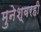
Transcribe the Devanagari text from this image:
मुनेश्वरही